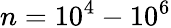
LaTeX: n=10^{4}-10^{6}